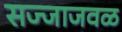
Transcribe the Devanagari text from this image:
सज्जाजवळ